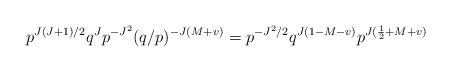
LaTeX: \begin{align*}p^{J(J+1)/2}q^J p^{-J^2}(q/p)^{-J(M+v)} = p^{-J^2/2} q^{J(1-M-v)} p^{J(\frac 12 +M+v)}\end{align*}